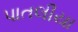
પાતલીયા